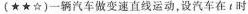
(★★☆)一辆汽车做变速直线运动，设汽车在t时